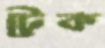
টেক